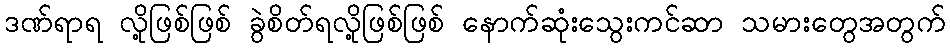
ဒဏ်ရာရ လို့ဖြစ်ဖြစ် ခွဲစိတ်ရလို့ဖြစ်ဖြစ် နောက်ဆုံးသွေးကင်ဆာ သမားတွေအတွက်